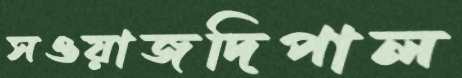
সওয়াজদিপাল